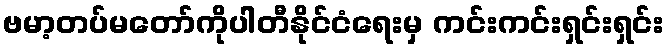
ဗမာ့တပ်မတော်ကိုပါတီနိုင်ငံရေးမှ ကင်းကင်းရှင်းရှင်း